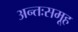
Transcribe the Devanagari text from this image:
अन्तःसमूह